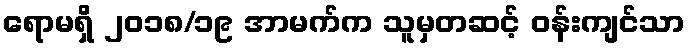
ရောမရှိ ၂၀၁၈/၁၉ အာမက်က သူမှတဆင့် ဝန်းကျင်သာ